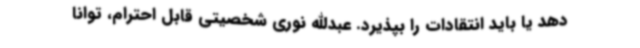
دهد یا باید انتقادات را بپذیرد. عبدالله نوری شخصیتی قابل احترام، توانا